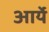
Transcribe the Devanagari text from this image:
आर्ये